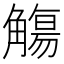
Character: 觴